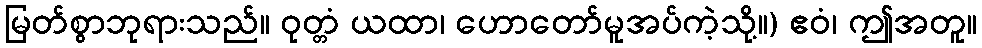
မြတ်စွာဘုရားသည်။ ဝုတ္တံ ယထာ၊ ဟောတော်မူအပ်ကဲ့သို့။) ဧဝံ၊ ဤအတူ။